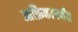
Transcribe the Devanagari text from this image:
आफ्रिकापर्यंत